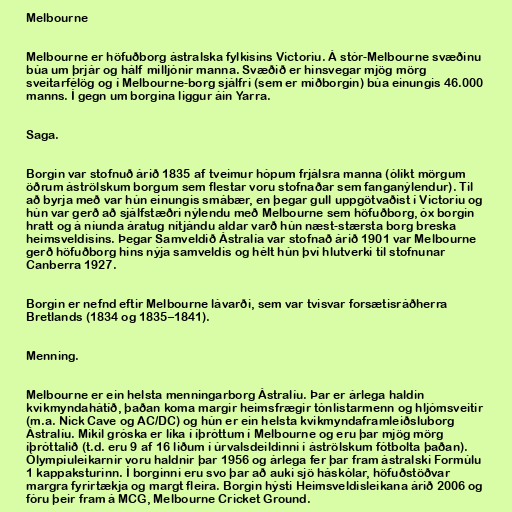
Melbourne

Melbourne er höfuðborg ástralska fylkisins Victoriu. Á stór-Melbourne svæðinu
búa um þrjár og hálf milljónir manna. Svæðið er hinsvegar mjög mörg
sveitarfélög og í Melbourne-borg sjálfri (sem er miðborgin) búa einungis 46.000
manns. Í gegn um borgina liggur áin Yarra.

Saga.

Borgin var stofnuð árið 1835 af tveimur hópum frjálsra manna (ólíkt mörgum
öðrum áströlskum borgum sem flestar voru stofnaðar sem fanganýlendur). Til
að byrja með var hún einungis smábær, en þegar gull uppgötvaðist í Victoriu og
hún var gerð að sjálfstæðri nýlendu með Melbourne sem höfuðborg, óx borgin
hratt og á níunda áratug nítjándu aldar varð hún næst-stærsta borg breska
heimsveldisins. Þegar Samveldið Ástralía var stofnað árið 1901 var Melbourne
gerð höfuðborg hins nýja samveldis og hélt hún því hlutverki til stofnunar
Canberra 1927.

Borgin er nefnd eftir Melbourne lávarði, sem var tvisvar forsætisráðherra
Bretlands (1834 og 1835–1841).

Menning.

Melbourne er ein helsta menningarborg Ástralíu. Þar er árlega haldin
kvikmyndahátíð, þaðan koma margir heimsfrægir tónlistarmenn og hljómsveitir
(m.a. Nick Cave og AC/DC) og hún er ein helsta kvikmyndaframleiðsluborg
Ástralíu. Mikil gróska er líka í íþróttum í Melbourne og eru þar mjög mörg
íþróttalið (t.d. eru 9 af 16 liðum í úrvalsdeildinni í áströlskum fótbolta þaðan).
Ólympíuleikarnir voru haldnir þar 1956 og árlega fer þar fram ástralski Formúlu
1 kappaksturinn. Í borginni eru svo þar að auki sjö háskólar, höfuðstöðvar
margra fyrirtækja og margt fleira. Borgin hýsti Heimsveldisleikana árið 2006 og
fóru þeir fram á MCG, Melbourne Cricket Ground.